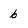
Character: b